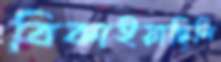
বিকাইয়াছিলি